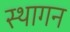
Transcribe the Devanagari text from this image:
स्थागन